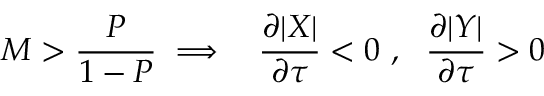
M > \frac { P } { 1 - P } \implies ~ ~ \frac { \partial | X | } { \partial \tau } < 0 ~ , ~ ~ \frac { \partial | Y | } { \partial \tau } > 0